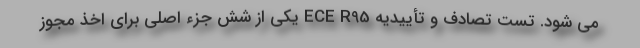
می شود. تست تصادف و تأییدیه ECE R95 یکی از شش جزء اصلی برای اخذ مجوز